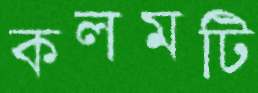
কলমটি